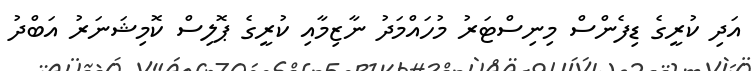
އަދި ކުރީގެ ޑިފެންސް މިނިސްޓަރު މުހައްމަދު ނާޒިމާއި ކުރީގެ ޕޮލިސް ކޮމިޝަނަރު އަބްދު